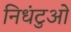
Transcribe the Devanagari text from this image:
निधंटुओं